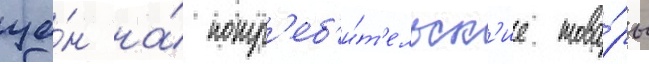
це́н на́ потр'еб'и́т'ельск'ие това́ры